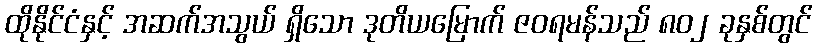
ထိုနိုင်ငံနှင့် အဆက်အသွယ် ရှိသော ဒုတိယမြောက် ဇဝရမန်သည် ၈၀၂ ခုနှစ်တွင်